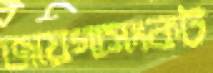
জায়গাসংকট